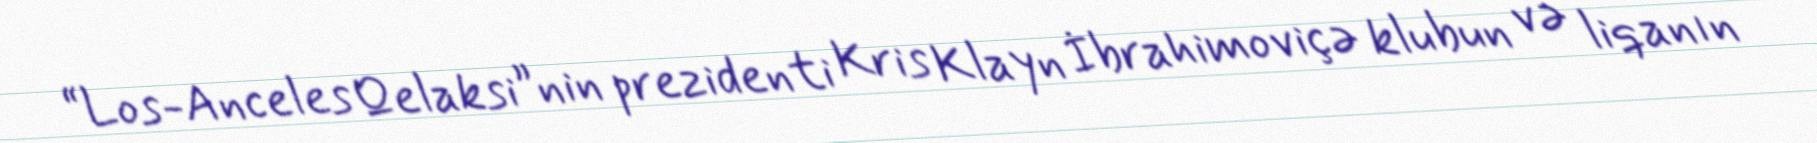
“Los-Anceles Qelaksi”nin prezidenti Kris Klayn İbrahimoviçə klubun və liqanın